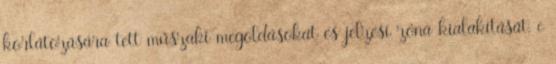
korlátozására tett mûszaki megoldásokat és jelzési zóna kialakítását, c